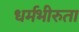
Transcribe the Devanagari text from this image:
धर्मभीरुता